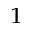
^ { 1 }